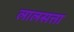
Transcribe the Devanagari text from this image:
लालसत्ता